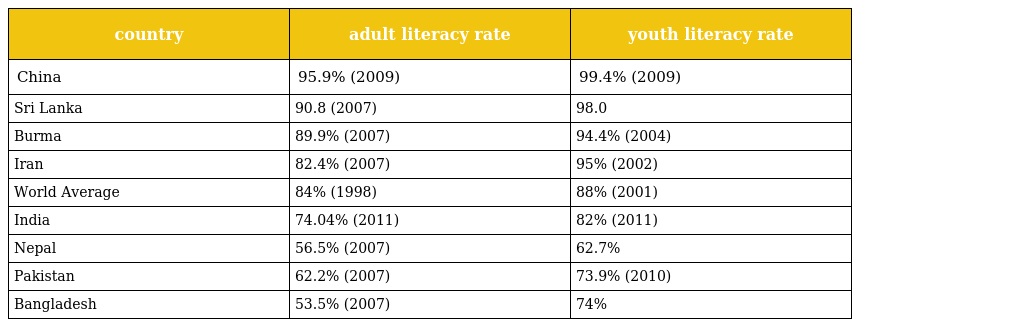
| country | adult literacy rate | youth literacy rate |
 | --- | --- | --- |
 | China | 95.9% (2009) | 99.4% (2009) |
 | Sri Lanka | 90.8 (2007) | 98.0 |
 | Burma | 89.9% (2007) | 94.4% (2004) |
 | Iran | 82.4% (2007) | 95% (2002) |
 | World Average | 84% (1998) | 88% (2001) |
 | India | 74.04% (2011) | 82% (2011) |
 | Nepal | 56.5% (2007) | 62.7% |
 | Pakistan | 62.2% (2007) | 73.9% (2010) |
 | Bangladesh | 53.5% (2007) | 74% |